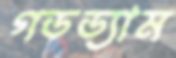
গডড্যাম